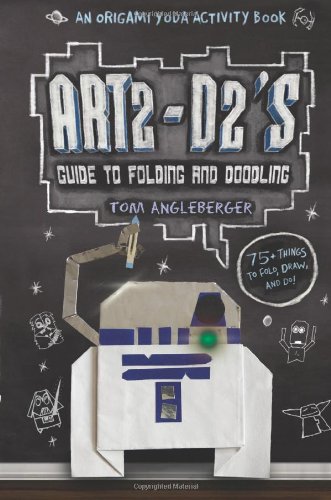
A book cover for Art2-D2's Guide to Folding and Doodling: An Origami Yoda Activity Book; Tom Angleberger; Crafts, Hobbies & Home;